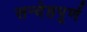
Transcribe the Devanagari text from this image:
सन्देहपूर्ण